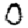
Digit: 0